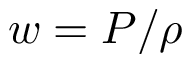
w = P / \rho